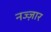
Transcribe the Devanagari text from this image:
नज्ज़ार